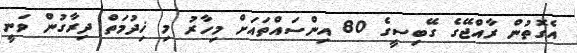
އެގޮތުން ރާއްޖޭގެ ގޭބިސީގެ 80 އިންސައްތައަށް މިހާރު މި ޚިދުމަތް ދިރާގުން ވަނީ